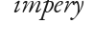
impery